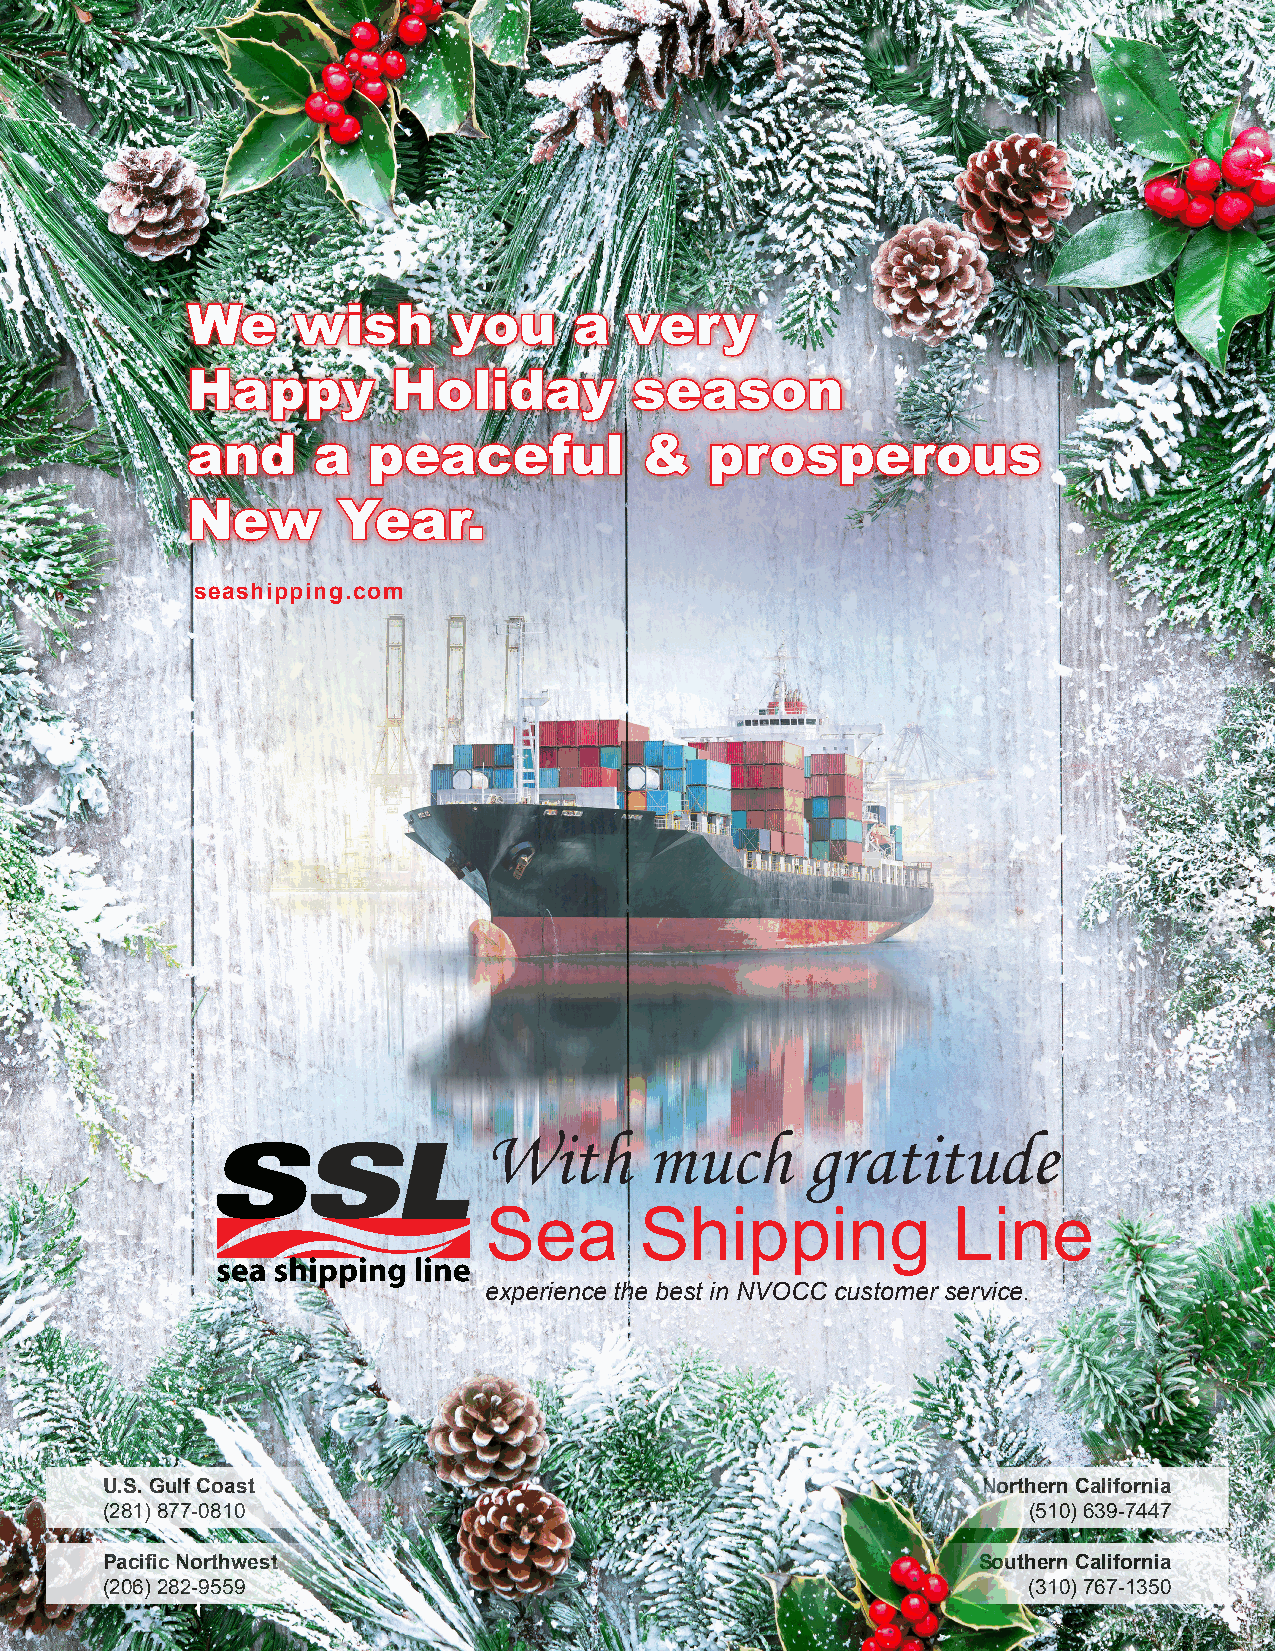
WWee   wwiisshh   yyoouu  aa  vveerryy
 HHaappppyy    HHoolliiddaayy  sseeaassoonn
 aanndd   aa ppeeaacceeffuull   &&  pprroossppeerroouuss
 NNeeww    YYeeaarr..
 seashipping.com
 With       much      gratitude
 Sea       Shipping             Line
 experience the best in NVOCC customer service.
 U.S. Gulf Coast                                           Northern California
 (281) 877-0810                                               (510) 639-7447
 Pacific Northwest                                         Southern California
 (206) 282-9559                                               (310) 767-1350